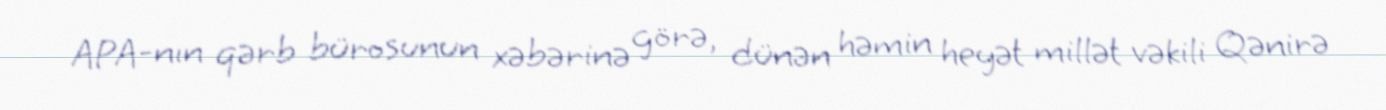
APA-nın qərb bürosunun xəbərinə görə, dünən həmin heyət millət vəkili Qənirə